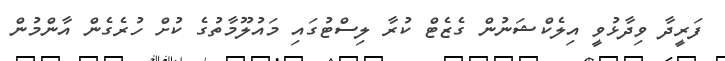
ފަރީދާ ވިދާޅުވީ އިލެކްޝަނުން ގެޒެޓް ކުރާ ލިސްޓުގައި މައުލޫމާތުގެ ކުށް ހުރެގެން އާންމުން